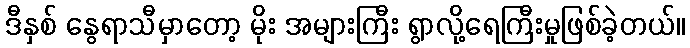
ဒီနှစ် နွေရာသီမှာတော့ မိုး အများကြီး ရွာလို့ရေကြီးမှုဖြစ်ခဲ့တယ်။